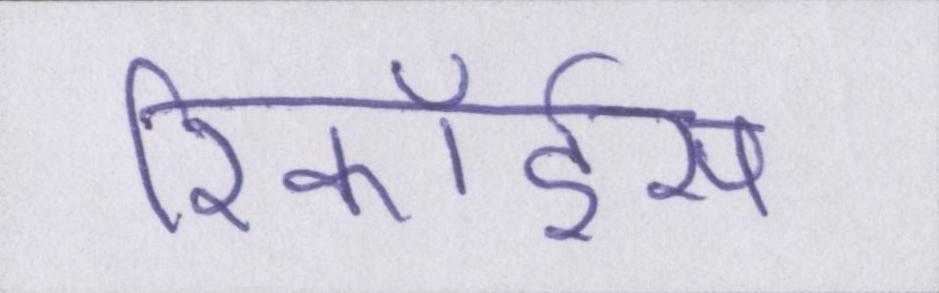
रिकॉर्ड्स